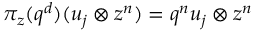
\pi _ { z } ( q ^ { d } ) ( u _ { j } \otimes z ^ { n } ) = q ^ { n } u _ { j } \otimes z ^ { n }